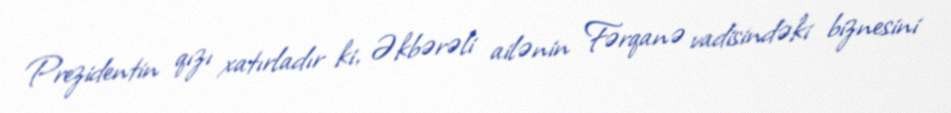
Prezidentin qızı xatırladır ki, Əkbərəli ailənin Fərqanə vadisindəki biznesini